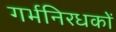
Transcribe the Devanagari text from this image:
गर्भनिरधकों